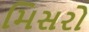
મિસરો